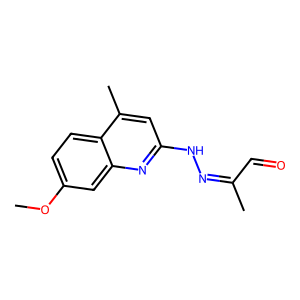
SMILES: COc1ccc2c(C)cc(NN=C(C)C=O)nc2c1
Inhibits HIV replication: No